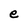
Character: e